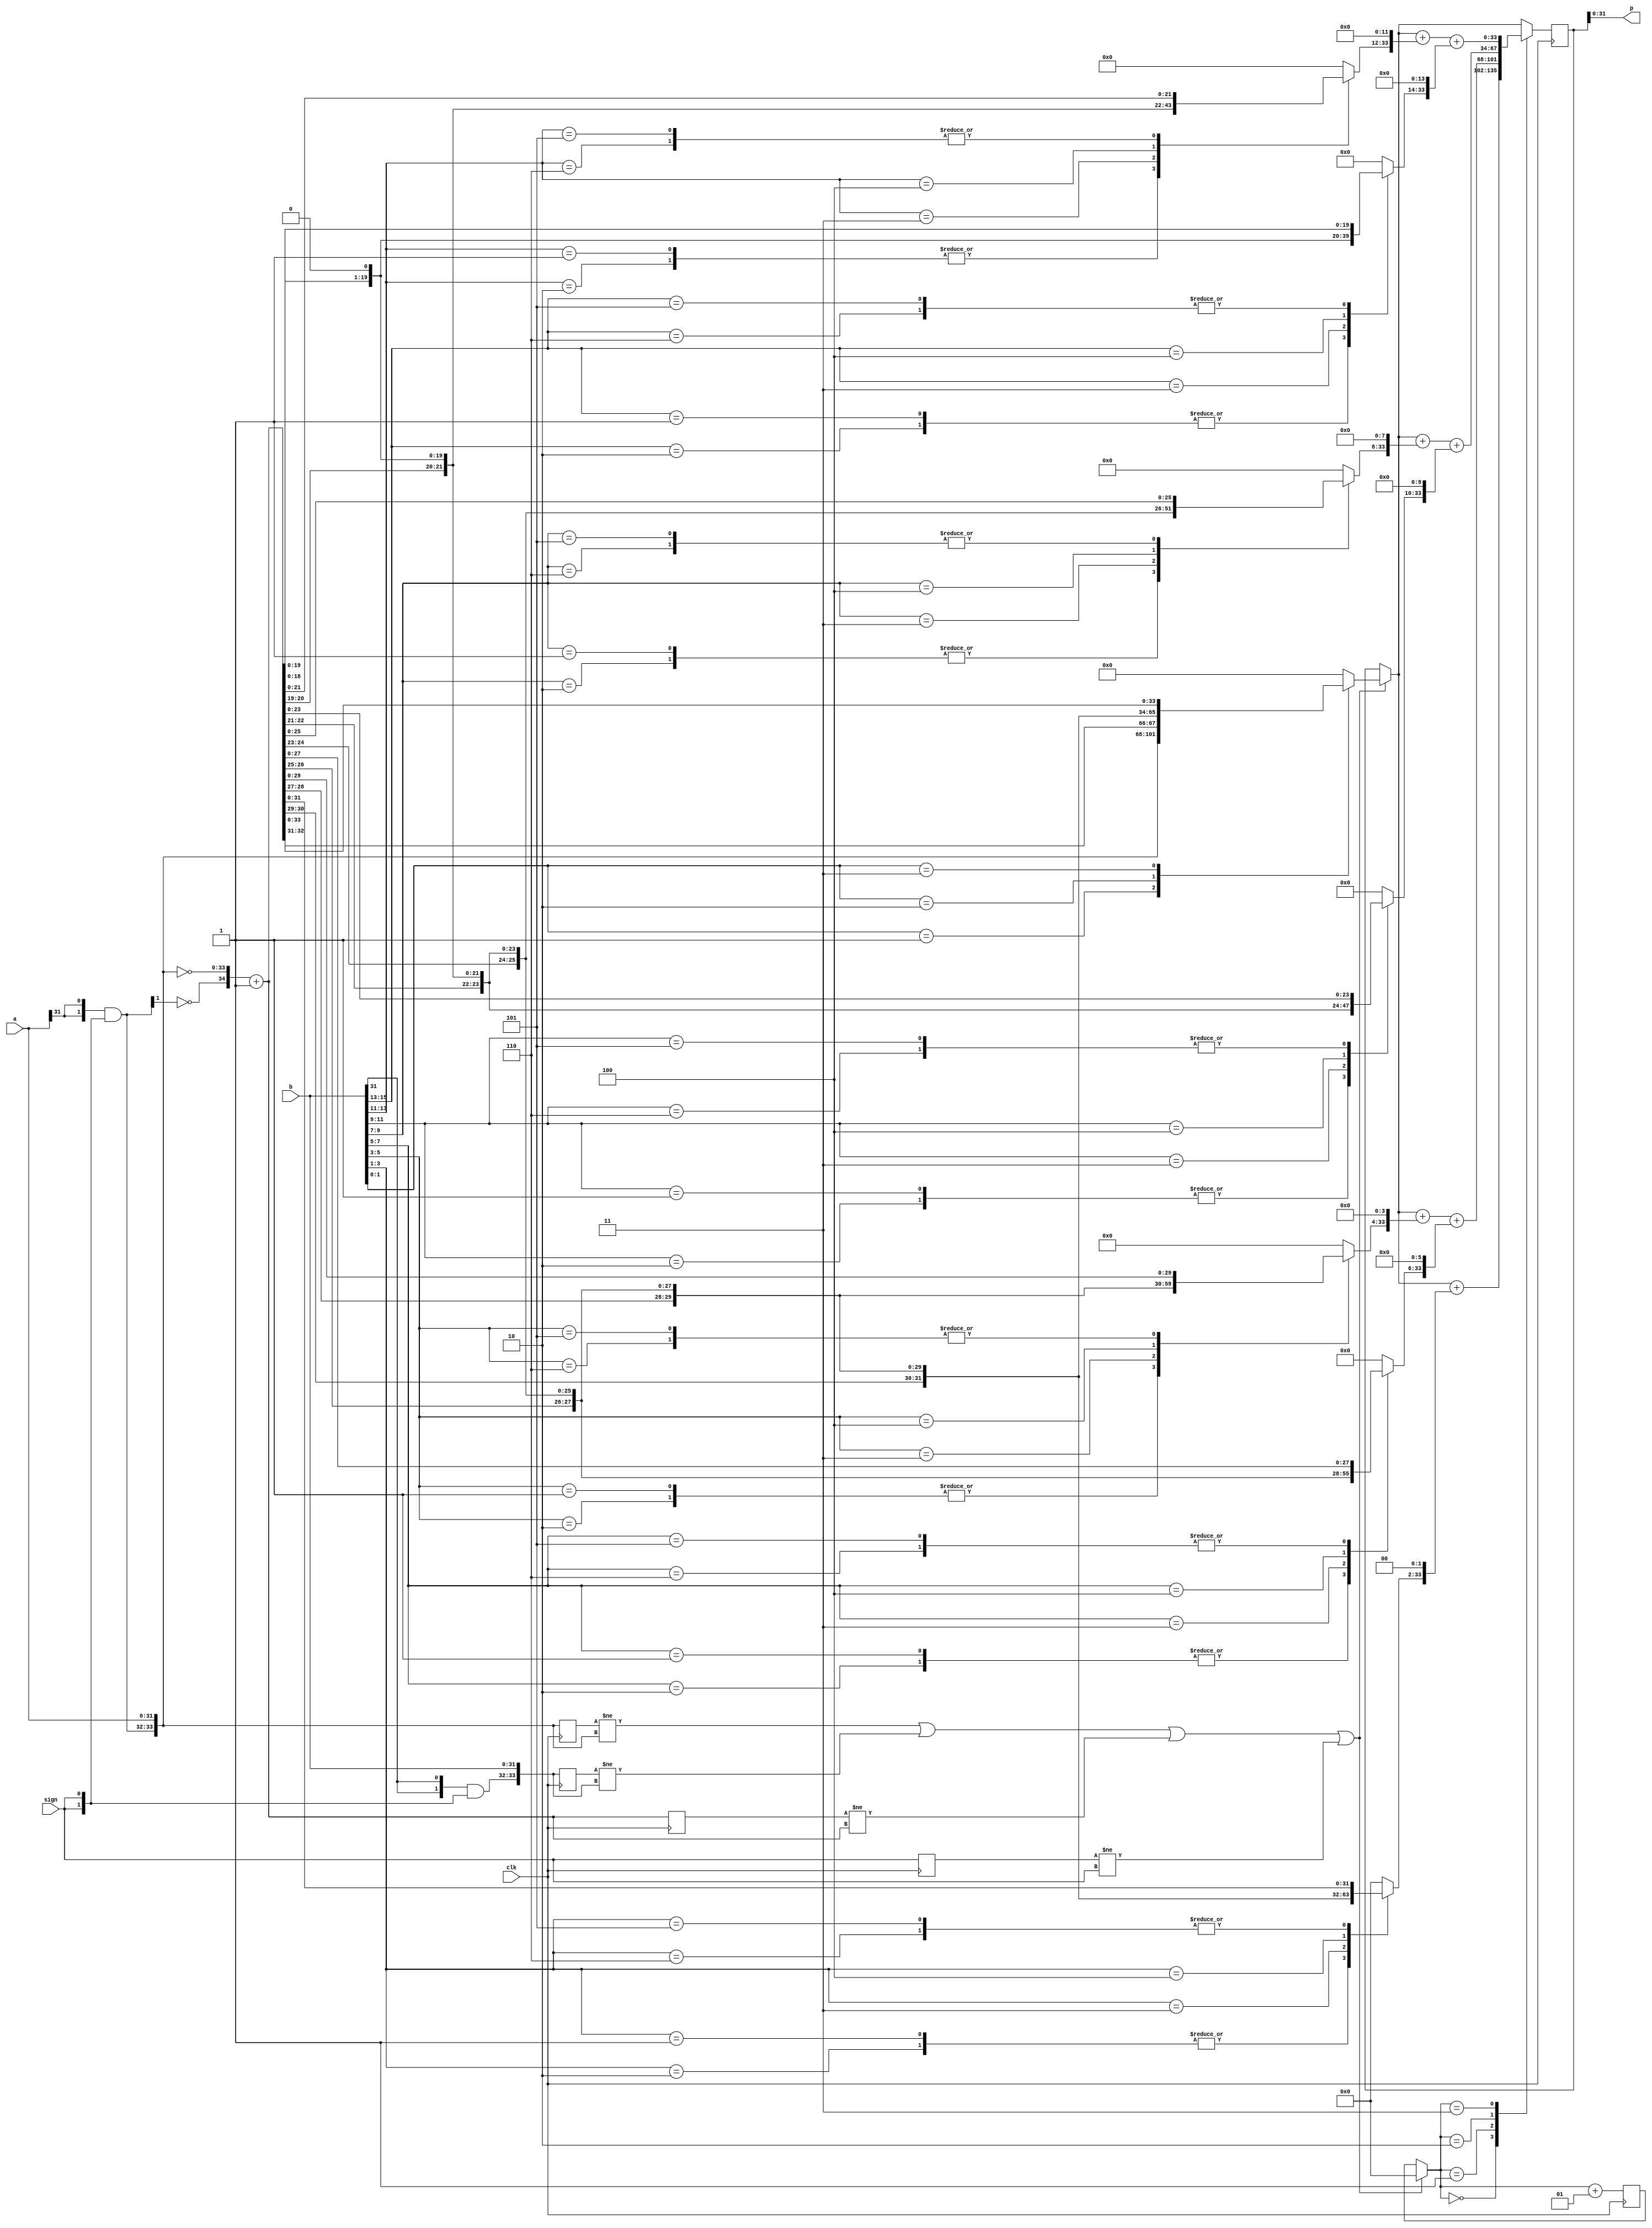
`define width 34
`timescale 1ns/1ps

module booth_mult (p, a, b, clk, sign);
    parameter width=`width;
    parameter N = `width/4;
    input[width-3:0]a, b;
    input clk, sign;
    output[width-3:0]p;
    reg out;
    wire [width-1:0] x, y; 
    
    assign x = {{a[31], a[31]} & {sign, sign} , a};
    assign y = {{b[31], b[31]} & {sign, sign} , b};
    reg [2:0] cc[N-1:0];
    reg [width:0] pp[N-1:0];
    reg [width-1:0] spp[N-1:0];
    reg [width-1:0] prod;
    wire [width:0] inv_x;
    integer kk, ii, jj;
    integer count;

    reg [width-1:0] x_reg, y_reg;
    reg [width:0] inv_x_reg;
    reg sign_reg;

    always @ (posedge clk)
    begin
        x_reg <= x;
        y_reg <= y;
        inv_x_reg <= inv_x;
        sign_reg <= sign;
    end

    assign inv_x = {~x[width-1],~x}+1;

    reg update, update_temp;

    always @ (x or y or inv_x or sign)
    begin
        //$display("x is %x, y is %x", x, y);
        cc[0] = {y[1], y[0], 1'b0};
        for(kk=1;kk<N;kk=kk+1)
            cc[kk] = {y[2*kk+1],y[2*kk],y[2*kk-1]};
        for(kk=0;kk<N;kk=kk+1)
        begin
            case(cc[kk])
                3'b001 , 3'b010 : pp[kk] = {x[width-1],x};
                3'b011 : pp[kk] = {x,1'b0};
                3'b100 : pp[kk] = {inv_x[width-1:0],1'b0};
                3'b101 , 3'b110 : pp[kk] = inv_x;
                default : pp[kk] = 0;
            endcase
            spp[kk] = $signed(pp[kk]);
            for(ii=0;ii<kk;ii=ii+1)
                spp[kk] = {spp[kk],2'b00}; //multiply by 2 to the power x or shifting operation
        end 
    end
 


    always @ (posedge clk /*or posedge update*/)
    begin
        if((x_reg != x) || (y_reg != y) || (inv_x_reg != inv_x) || (sign_reg != sign))
        begin
            count = 0;
            prod  = spp[0];
        end
//        else
//        begin
            case(count)
                0: for(jj=1;jj<N/4;jj=jj+1)  prod = prod + spp[jj];
                1: for(jj=N/4;jj<N/2;jj=jj+1)  prod = prod + spp[jj];
                2: for(jj=N/2;jj<3*N/4;jj=jj+1)  prod = prod + spp[jj];
                3: for(jj=3*N/4;jj<N;jj=jj+1)  prod = prod + spp[jj];
                default: ;
            endcase
            count = (count + 1);
//        end
    end
    assign p = prod[width-3:0];

endmodule